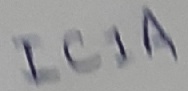
Text: IC1A